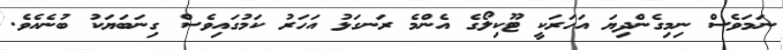
ނަމަވެސް ނިމިގެންދިޔަ އަހަރަކީ ޓޫކިލޯގެ އެންމެ ރަނގަޅު އަހަރު ކަމުގައިވެސް ގިނަބަޔަކު ބުނެއެވެ.